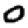
Digit: 0